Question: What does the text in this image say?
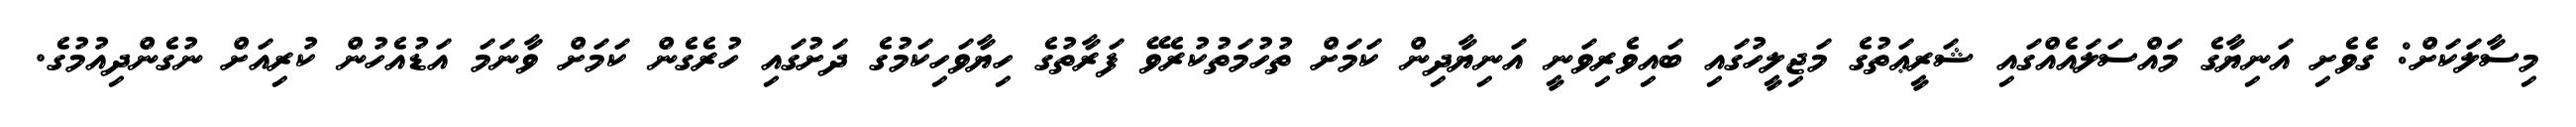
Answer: މިސާލަކަށް: ގެވެށި އަނިޔާގެ މައްސަލައެއްގައި ޝަރީޢަތުގެ މަޖިލީހުގައި ބައިވެރިވަނީ އަނިޔާދިން ކަމަށް ތުހުމަތުކުރެވޭ ފަރާތުގެ ހިޔާވަހިކަމުގެ ދަށުގައި ހުރެގެން ކަމަށް ވާނަމަ އަޑުއެހުން ކުރިއަށް ނުގެންދިއުމުގެ.